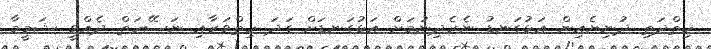
ހިތްދަތި ދުނިޔެއިން އަޅުގަނޑު ނެރެދިނުމަށް އަޅުގަނޑަށް ގަދަ ހިތްވަރާއި ނަސޭހަތް ދެއްވީ ޝަމީމާ